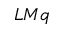
L M q